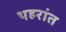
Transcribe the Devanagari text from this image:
थहरांत